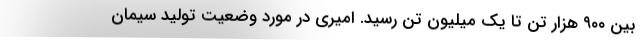
بین ۹۰۰ هزار تن تا یک میلیون تن رسید. امیری در مورد وضعیت تولید سیمان